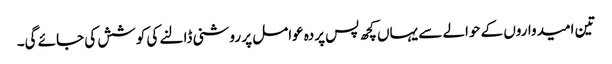
تین امیدواروں کے حوالے سے یہاں کچھ پس پردہ عوامل پر روشنی ڈالنے کی کوشش کی جائے گی۔